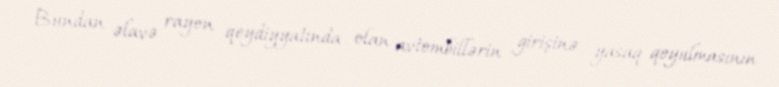
Bundan əlavə rayon qeydiyyatında olan avtombillərin girişinə yasaq qoyulmasının